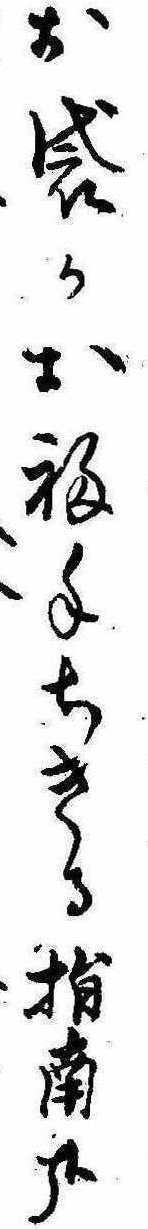
お袋かお福手ちきる指南哉